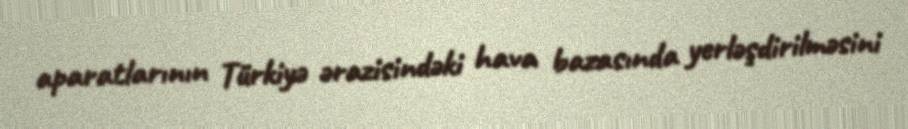
aparatlarının Türkiyə ərazisindəki hava bazasında yerləşdirilməsini